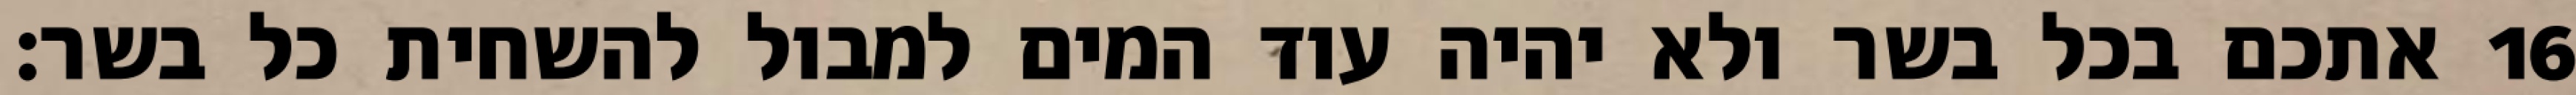
אתכם בכל בשר ולא יהיה עוד המים למבול להשחית כל בשר׃ ‎16‏